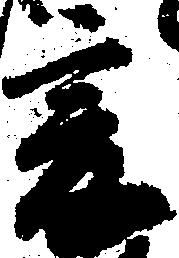
爰